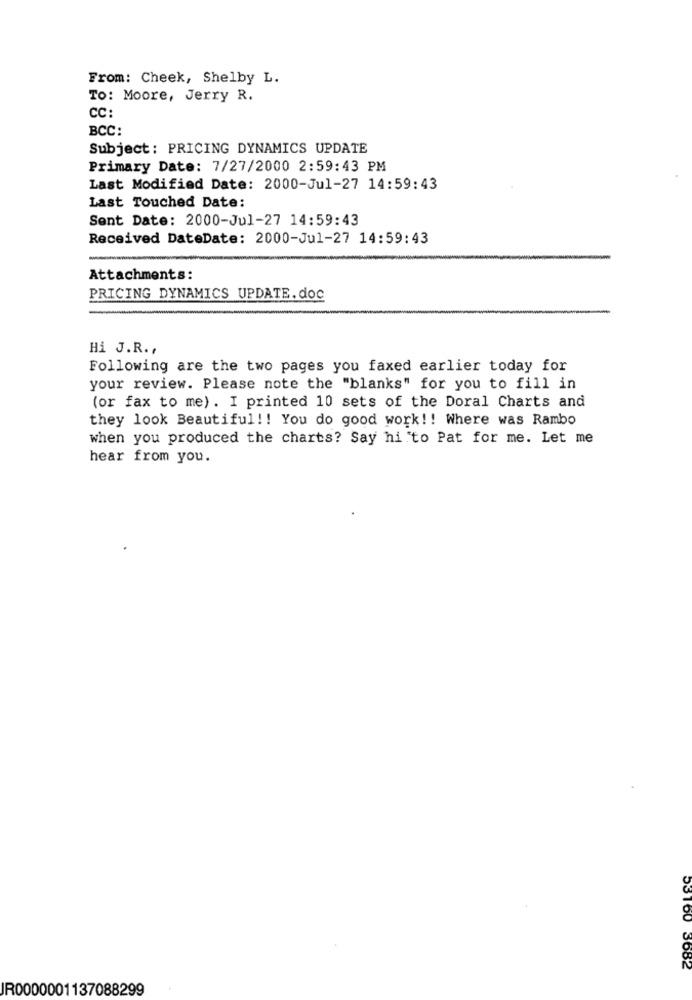
From: Cheek, Shelby L.
To: Moore, Jerry R.
CC:
BCC:
Subject: PRICING DYNAMICS UPDATE
Primary Date: 7/27/2000 2:59:43 PM
Last Modified Date: 2000-Jul-27 14:59:43
Last Touched Date:
Sent Date: 2000-Jul-27 14:59:43
Received DateDate: 2000-Jul-27 14:59:43
Attachments:
PRICING DYNAMICS UPDATE. doc
Hi J.R. ,
Following are the two pages you faxed earlier today for
your review. Please note the "blanks" for you to fill in
(or fax to me). I printed 10 sets of the Doral Charts and
they look Beautiful !! You do good work !! Where was Rambo
when you produced the charts? Say hi to Pat for me. Let me
hear from you.
53160 3682
JR0000001137088299